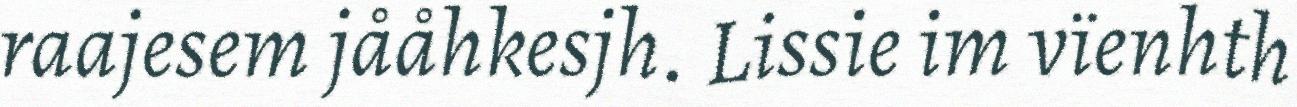
raajesem jååhkesjh. Lissie im vïenhth